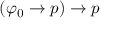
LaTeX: ( \varphi _ { 0 } \to p ) \to p